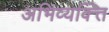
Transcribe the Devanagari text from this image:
अभिव्यक्त्ति